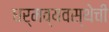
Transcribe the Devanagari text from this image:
धर्मव्यवस्थेची